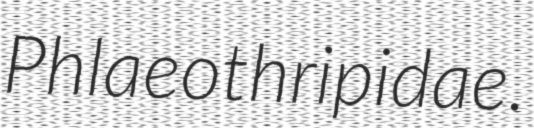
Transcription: Phlaeothripidae.